Indian journal of veterinary science and animal husbandry - Volume 8,
Year: 1938
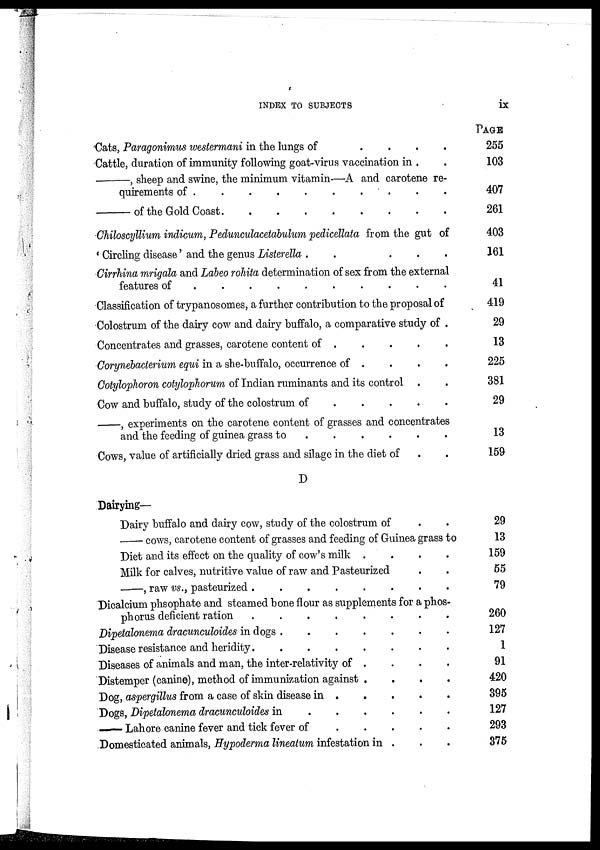
INDEX TO SUBJECTS
ix
Cats, Paragonimus westermani in the lungs of
.
.
.
. .
Cattle, duration of immunity following goat-virus vaccination in . .
—,
sheep and swine, the minimum vitamin—A and carotene re-
quirements of .
.
.
.
.
.
.
.
.
.
—of
the Gold Coast
.
.
.
.
.
.
.
.
.
Chiloscyllium indicum, Pedunculacetabulum pedicellata from the gut of
' Circling disease' and the genus Listerella . . . . . . . . .
Cirrhina mrigala and Labeo rohita determination of sex from the external
features of . . . . . . . . .
Classification of trypanosomes, a further contribution to the proposal of
Colostrum of the dairy cow and dairy buffalo, a comparative study of .
Concentrates and grasses, carotene content of . . . . . . . . .
Corynebacterium equi in a she-buffalo, occurrence of . . . . .
Cotylophoron cotylophorum of Indian ruminants and its control . .
Cow and buffalo, study of the colostrum of
.
.
.
.
.
—, experiments on the carotene content of grasses and concentrates
and the feeding of guinea grass to
.
.
.
.
.
.
Cows, value of artificially dried grass and silage in the diet of . .
D
Dairying-
Dairy buffalo and dairy cow, study of the colostrum of . .
—cows, carotene content of grasses and feeding of Guinea grass to
Diet and its effect on the quality of cow's milk .
. . .
Milk for calves, nutritive value of raw and Pasteurized . .
—, raw vs., pasteurized
.
.
.
.
.
.
.
.
.
Dicalcium phsophate and steamed bone flour as supplements for a phos-
phorus deficient ration
.
.
.
.
.
.
.
.
.
Dipetalonema dracunculoides in dogs . . . . . . . . .
Disease resistance and heridity
.
.
.
.
.
.
.
.
.
Diseases of animals and man, the inter-relativity of . . . . . . . . .
Distemper (canine), method of immunization against . . . . . . . . . .
Dog, aspergillus from a case of skin disease in . . . . . . . . . .
Dogs, Dipetalonema dracunculoides in . . . . . . . . .
— Lahore canine fever and tick fever of . . . . . . . . .
Domesticated animals, Hypoderma lineatum infestation in . . .
PAGE
255
103
407
261
403
161
41
419
29
13
225
381
29
13
159
29
13
159
55
79
260
127
1
91
420
395
127
293
375